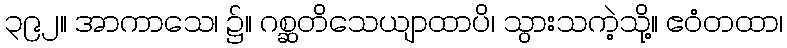
၃၉၂။ အာကာသေ၊ ၌။ ဂစ္ဆတိသေယျာထာပိ၊ သွားသကဲ့သို့။ ဧဝံတထာ၊